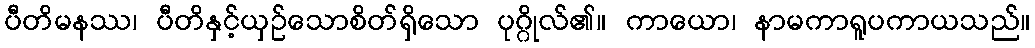
ပီတိမနဿ၊ ပီတိနှင့်ယှဉ်သောစိတ်ရှိသော ပုဂ္ဂိုလ်၏။ ကာယော၊ နာမကာရူပကာယသည်။